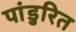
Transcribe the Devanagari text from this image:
पांडुरित